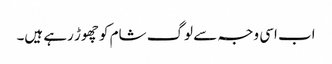
اب اسی وجہ سے لوگ شام کو چھوڑ رہے ہیں۔